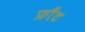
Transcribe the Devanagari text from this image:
फ्रौंट